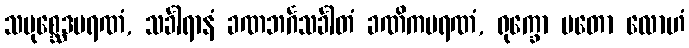
သမုစ္ဆေဒမရဏံ, သင်္ခါရာနံ ခဏဘင်္ဂသင်္ခါတံ ခဏိကမရဏံ, ရုက္ခော မတော လောဟံ